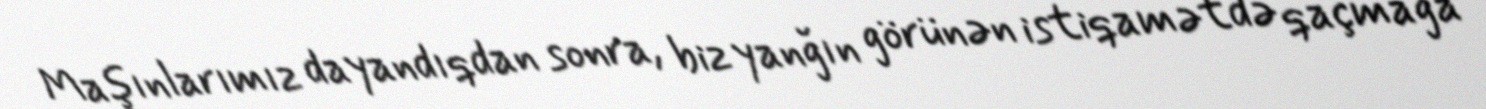
Maşınlarımız dayandıqdan sonra, biz yanğın görünən istiqamətdə qaçmağa